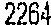
2264